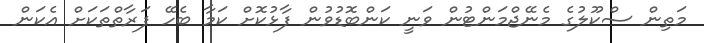
މަތިން ސްކޫލުގެ މެނޭޖްމަންޓުން ވަނީ ކަންބޮޑުވުން ފާޅުކޮށް ކަމާ ބެހޭ ފަރާތްތަކަށް އެކަން